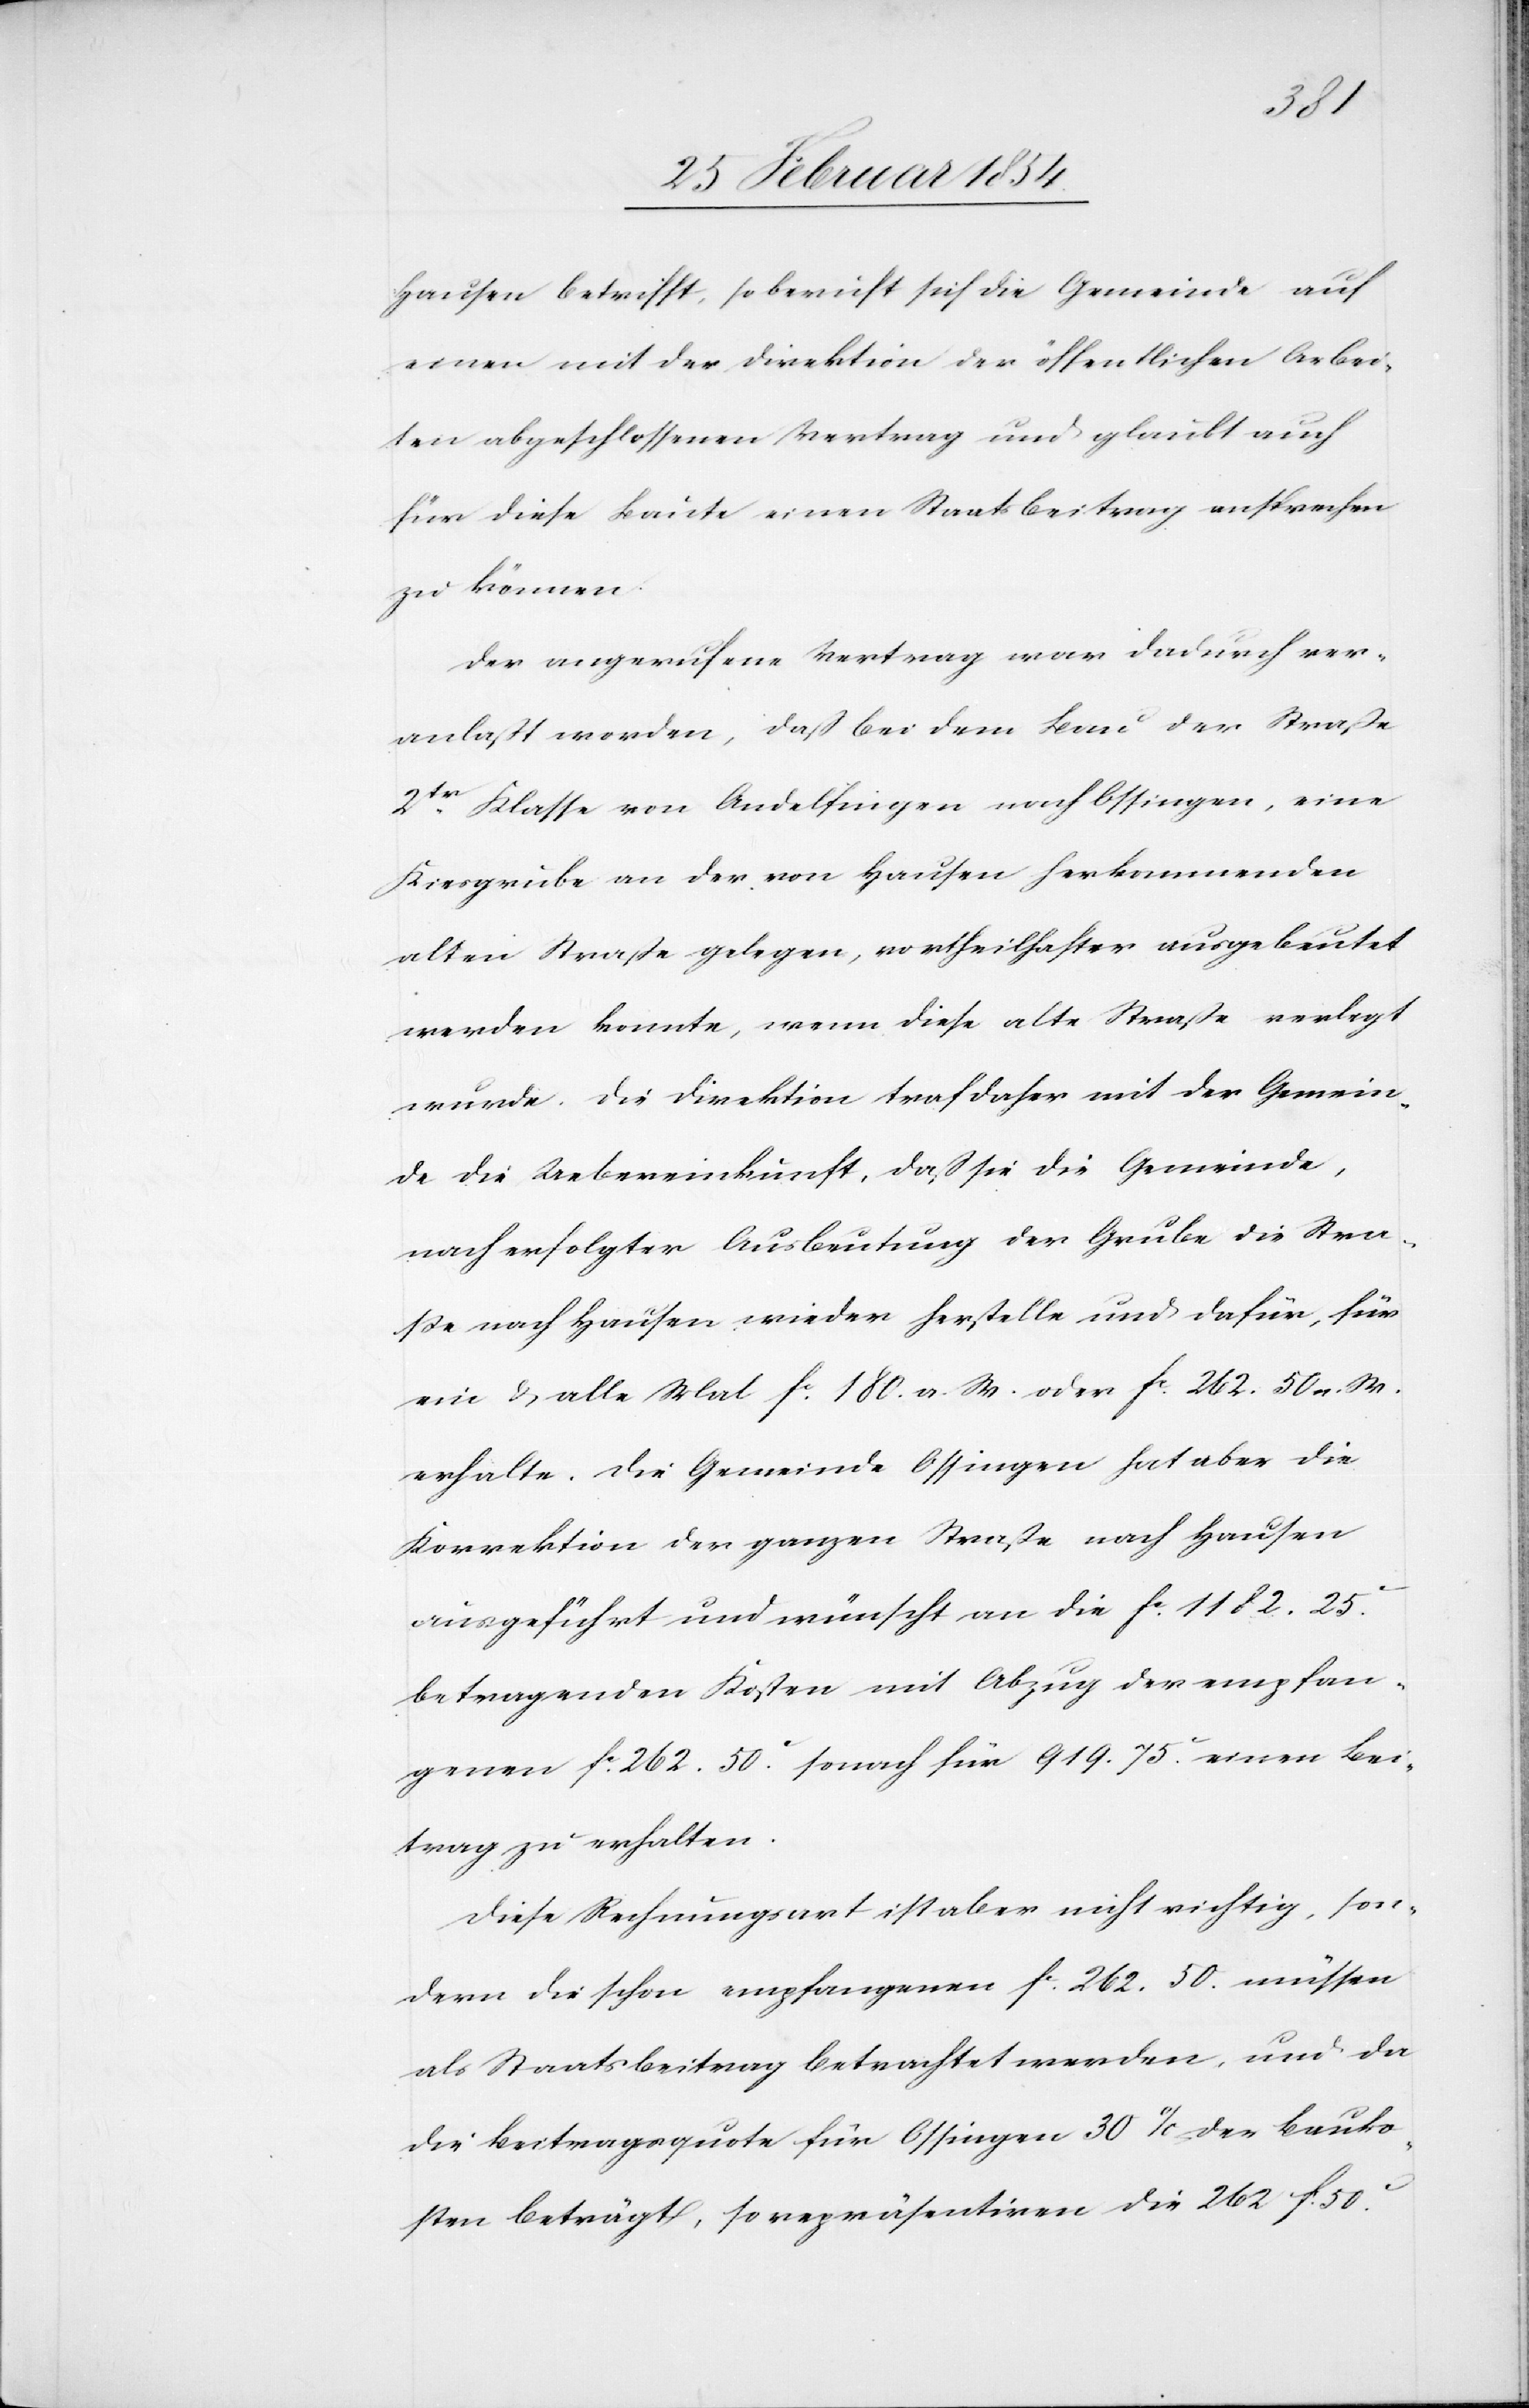
Hausen betrifft, so beruft sich die Gemeinde auf
einen mit der Direktion der öffentlichen Arbei¬
ten abgeschlossenen Vertrag und glaubt auch
für diese Baute einen Staatsbeitrag ansprechen
zu können.
Der angerufene Vertrag war dadurch ver¬
anlaßt worden, daß bei dem Bau der Straße
2tr Klasse von Andelfingen nach Ossingen, eine
Kiesgrube an der von Hausen herkommenden
alten Straße gelegen, vortheilhafter ausgebeutet
werden konnte, wenn diese alte Straße verlegt
wurde. Die Direktion traf daher mit der Gemein¬
de die Uebereinkunft, daß sie die Gemeinde,
nach erfolgter Ausbeutung der Grube die Stra¬
ße nach Hausen wieder herstelle und dafür, für
ein & alle Mal Fc 180. a. W. oder Fc 262.50. a. W.
erhalte. Die Gemeinde Ossingen hat aber die
Korrektion der ganzen Straße nach Hausen
ausgeführt und wünscht an die Fc 1182.25c
betragenden Kosten mit Abzug der empfan¬
genen Fc 262.50c sonach für 919.75c einen Bei¬
trag zu erhalten.
Diese Rechnungsart ist aber nicht richtig, son¬
dern die schon empfangenen Fc 262.50. müssen
als Staatsbeitrag betrachtet werden, und da
die Beitragsquote für Ossingen 30% der Bauko¬
sten beträgt, so repräsentiren die 262 F. 50.c